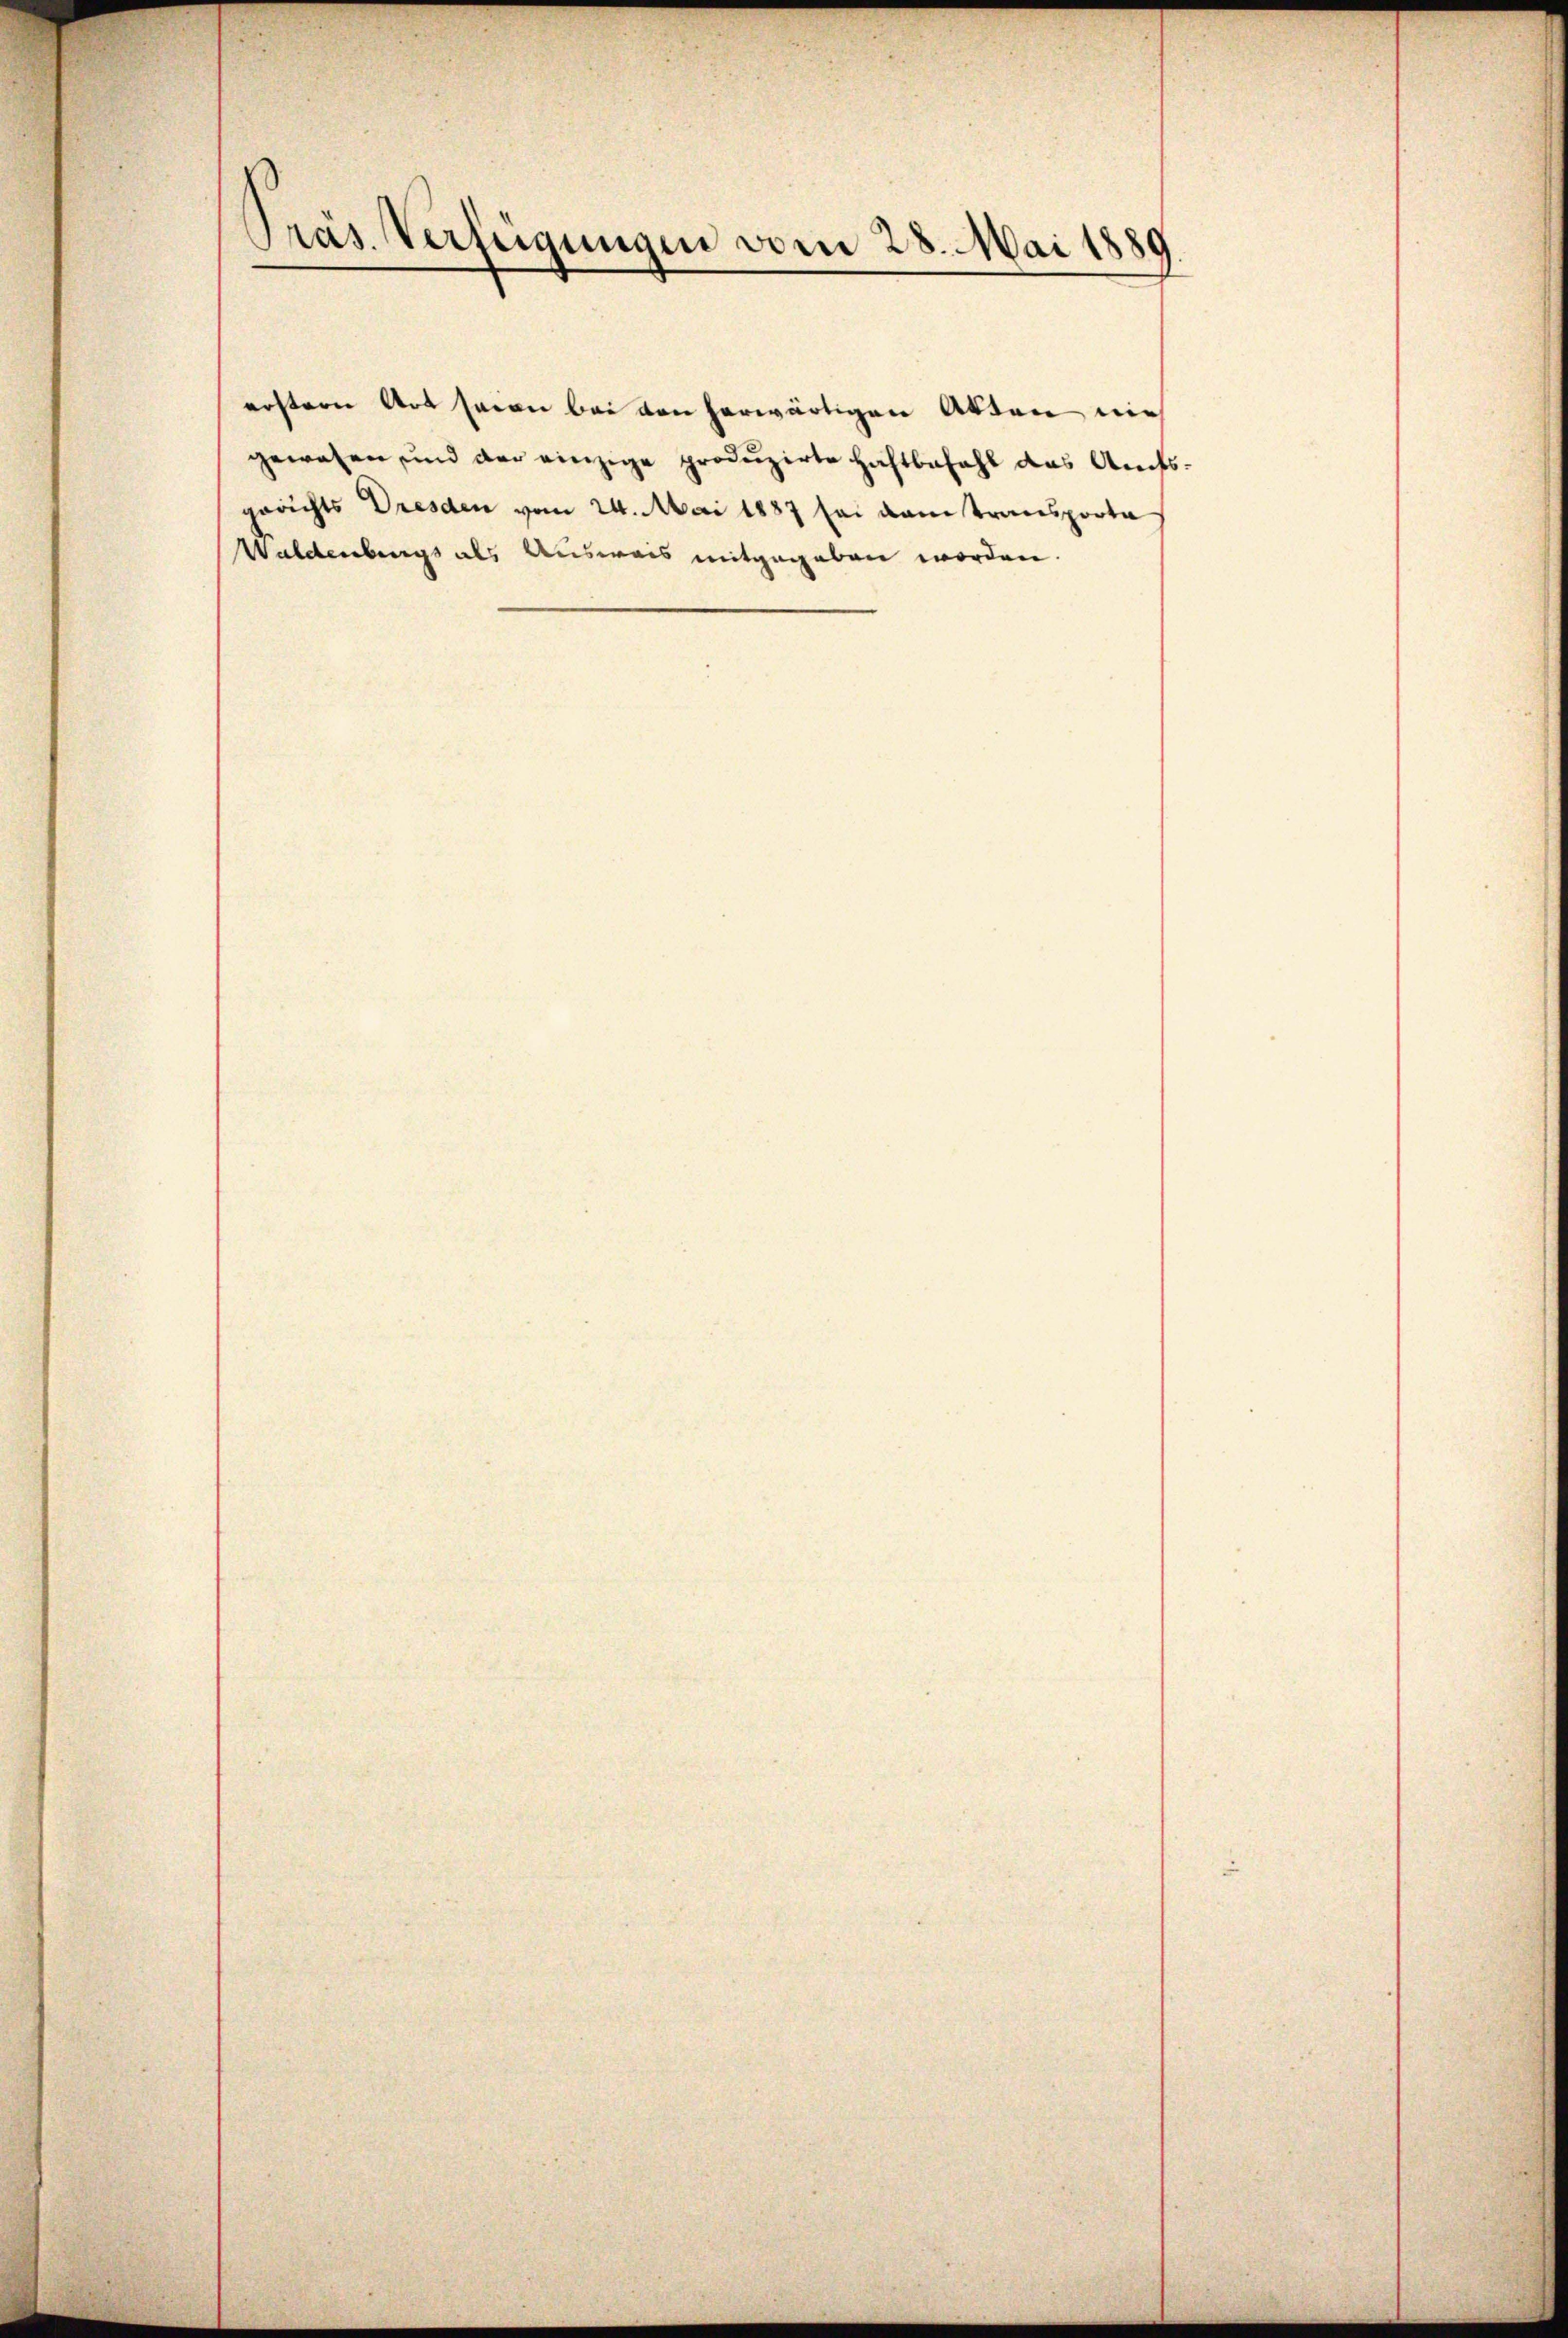
Präs. Verfügungen vom 28. Mai 1889.

erstern Art seien bei den herwärtigen Atten mich
gewesen und der einzige produzirte Haftbefahl das Amtsgerichts Dresden vom 24. Mai 1887 sei dem transporta
Waldenbergs als Ausweis mitgegeben worden.